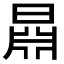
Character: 𣉦